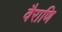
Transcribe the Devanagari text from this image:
वैराणि